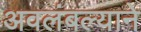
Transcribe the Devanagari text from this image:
अवलंबल्याने